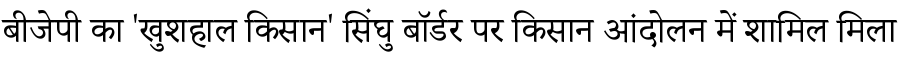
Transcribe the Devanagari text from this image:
बीजेपी का 'खुशहाल किसान' सिंघु बॉर्डर पर किसान आंदोलन में शामिल मिला